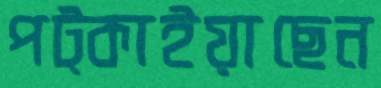
পট্‌কাইয়াছেন